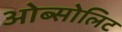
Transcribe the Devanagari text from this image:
ओब्सोलिट